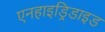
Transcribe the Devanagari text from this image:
एनहाइड्रिडाइड